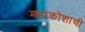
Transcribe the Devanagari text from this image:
महाकोशाची